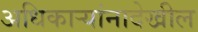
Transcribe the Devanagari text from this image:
अधिकाऱ्यांनादेखील